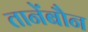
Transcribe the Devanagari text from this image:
तानेंबौन